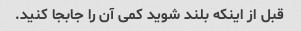
قبل از اینکه بلند شوید کمی آن را جابجا کنید.